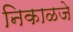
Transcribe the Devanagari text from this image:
निकाळजे